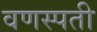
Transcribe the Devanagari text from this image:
वणस्पती